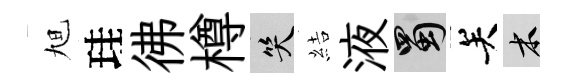
旭珪彿樽笑結液蜀关木